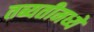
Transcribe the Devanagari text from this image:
तब्यतीमध्ये